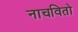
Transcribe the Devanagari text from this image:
नाचवितो